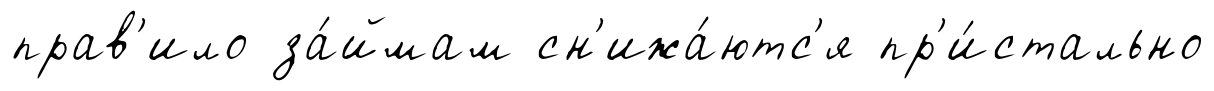
прав'ило за́ймам сн'ижа́ютс'я пр'и́стально